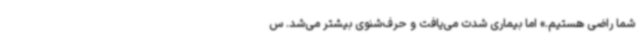
شما راضی هستیم.» اما بیماری شدت می‌یافت و حرف‌شنوی بیشتر می‌شد. س